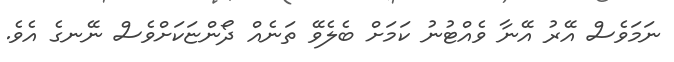
ނަމަވެސް އޭރު އޭނާ ވެއްޓުނު ކަމަށް ބެލެވޭ ތަނެއް ދޯންޏަކަށްވެސް ނޭނގެ އެވެ.